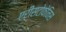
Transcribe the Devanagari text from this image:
एरीसटोफेनिस